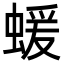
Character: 蝯